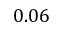
0 . 0 6